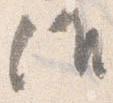
候